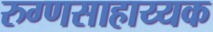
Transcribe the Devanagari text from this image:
रुग्णसाहाय्यक